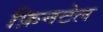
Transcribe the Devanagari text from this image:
फ़िनटेल